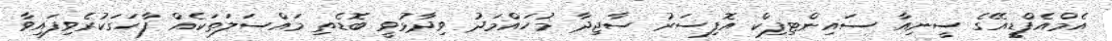
އެމްއެފްޑީއޭގެ ސީނިއާ ސައިންޓިފިކް އޮފިސަރު ސާޖިދާ މުހައްމަދު ވިދާޅުވީ ބޮޑެތި މައްސަލަތަކެއް ފާހަގަކުރެވިފައިވާ